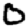
Digit: 0